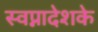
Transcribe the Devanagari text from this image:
स्वप्नादेशके